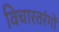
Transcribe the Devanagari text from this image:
विचारतरंगों